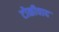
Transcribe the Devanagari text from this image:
टोळीवाद